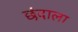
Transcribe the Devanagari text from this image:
छंदाला